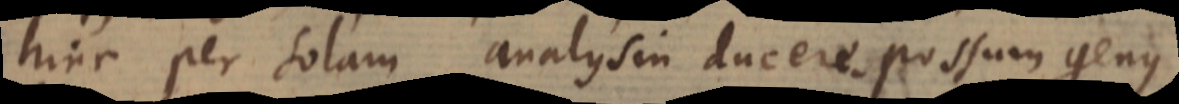
hinc per solam analysin ducere possum genus